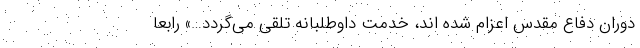
دوران دفاع مقدس اعزام شده اند، خدمت داوطلبانه تلقی می‌گردد…» رابعاً